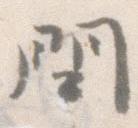
問